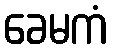
ခေမကံ